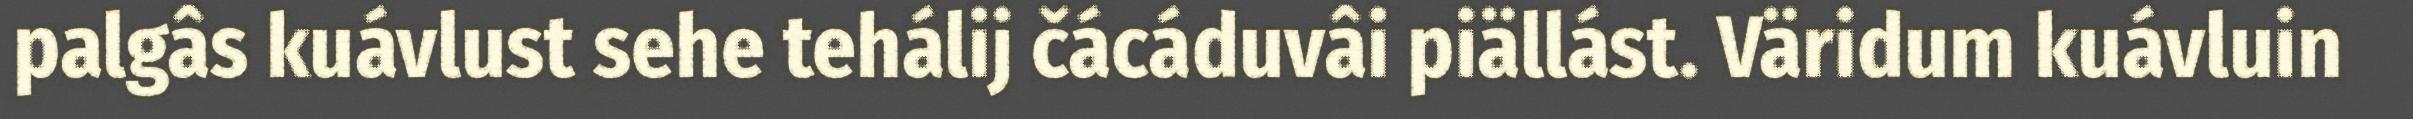
palgâs kuávlust sehe tehálij čácáduvâi piällást. Väridum kuávluin